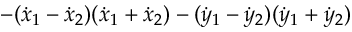
- ( { \dot { x } } _ { 1 } - { \dot { x } } _ { 2 } ) ( { \dot { x } } _ { 1 } + { \dot { x } } _ { 2 } ) - ( { \dot { y } } _ { 1 } - { \dot { y } } _ { 2 } ) ( { \dot { y } } _ { 1 } + { \dot { y } } _ { 2 } )